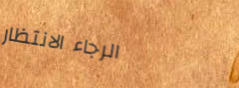
الرجاء الانتظار